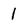
Character: 1